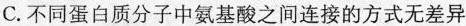
C.不同蛋白质分子中氨基酸之间连接的方式无差异